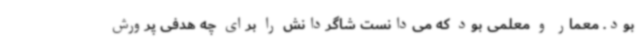
بود. معمار و معلمی بود که می‌دانست شاگردانش را برای چه هدفی پرورش